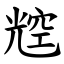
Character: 䆪